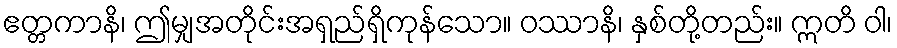
ဧတ္တကာနိ၊ ဤမျှအတိုင်းအရှည်ရှိကုန်သော။ ဝဿာနိ၊ နှစ်တို့တည်း။ ဣတိ ဝါ၊